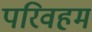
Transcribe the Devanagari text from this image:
परिवहम